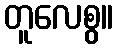
တူလေစွ။